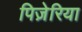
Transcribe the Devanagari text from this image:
पिज़ेरिया